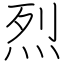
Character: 烈